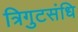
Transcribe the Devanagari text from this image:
त्रिगुटसंधि